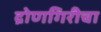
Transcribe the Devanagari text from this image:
द्रोणगिरीचा